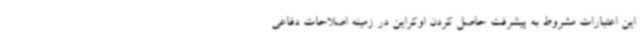
این اعتبارات مشروط به پیشرفت حاصل کردن اوکراین در زمینه اصلاحات دفاعی